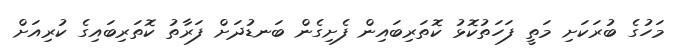
މަހުގެ ބުރަކަށި މަތީ ފަހަތުކޮޅު ކޮތަރިބައިން ފެށިގެން ބަނޑުދަށް ފަރާތު ކޮތަރިބައިގެ ކުރިއަށް